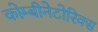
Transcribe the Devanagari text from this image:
कोम्बीनेटोरिक्स